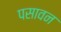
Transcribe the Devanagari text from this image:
पसावन